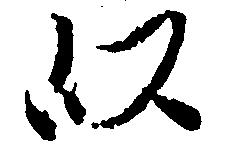
以